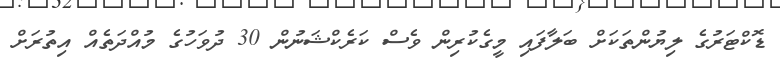
ޑޮކްޓަރުގެ ލިޔުންތަކަށް ބަލާފައި މީގެކުރިން ވެސް ކަރެކްޝަނުން 30 ދުވަހުގެ މުއްދަތެއް އިތުރަށް